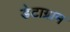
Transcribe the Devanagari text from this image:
डेटाग्राम